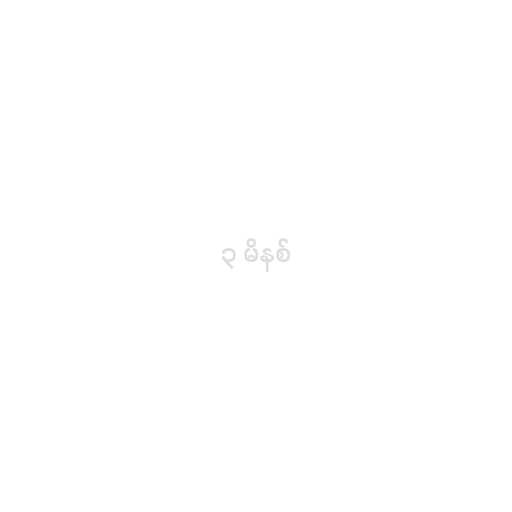
၃ မိနစ်